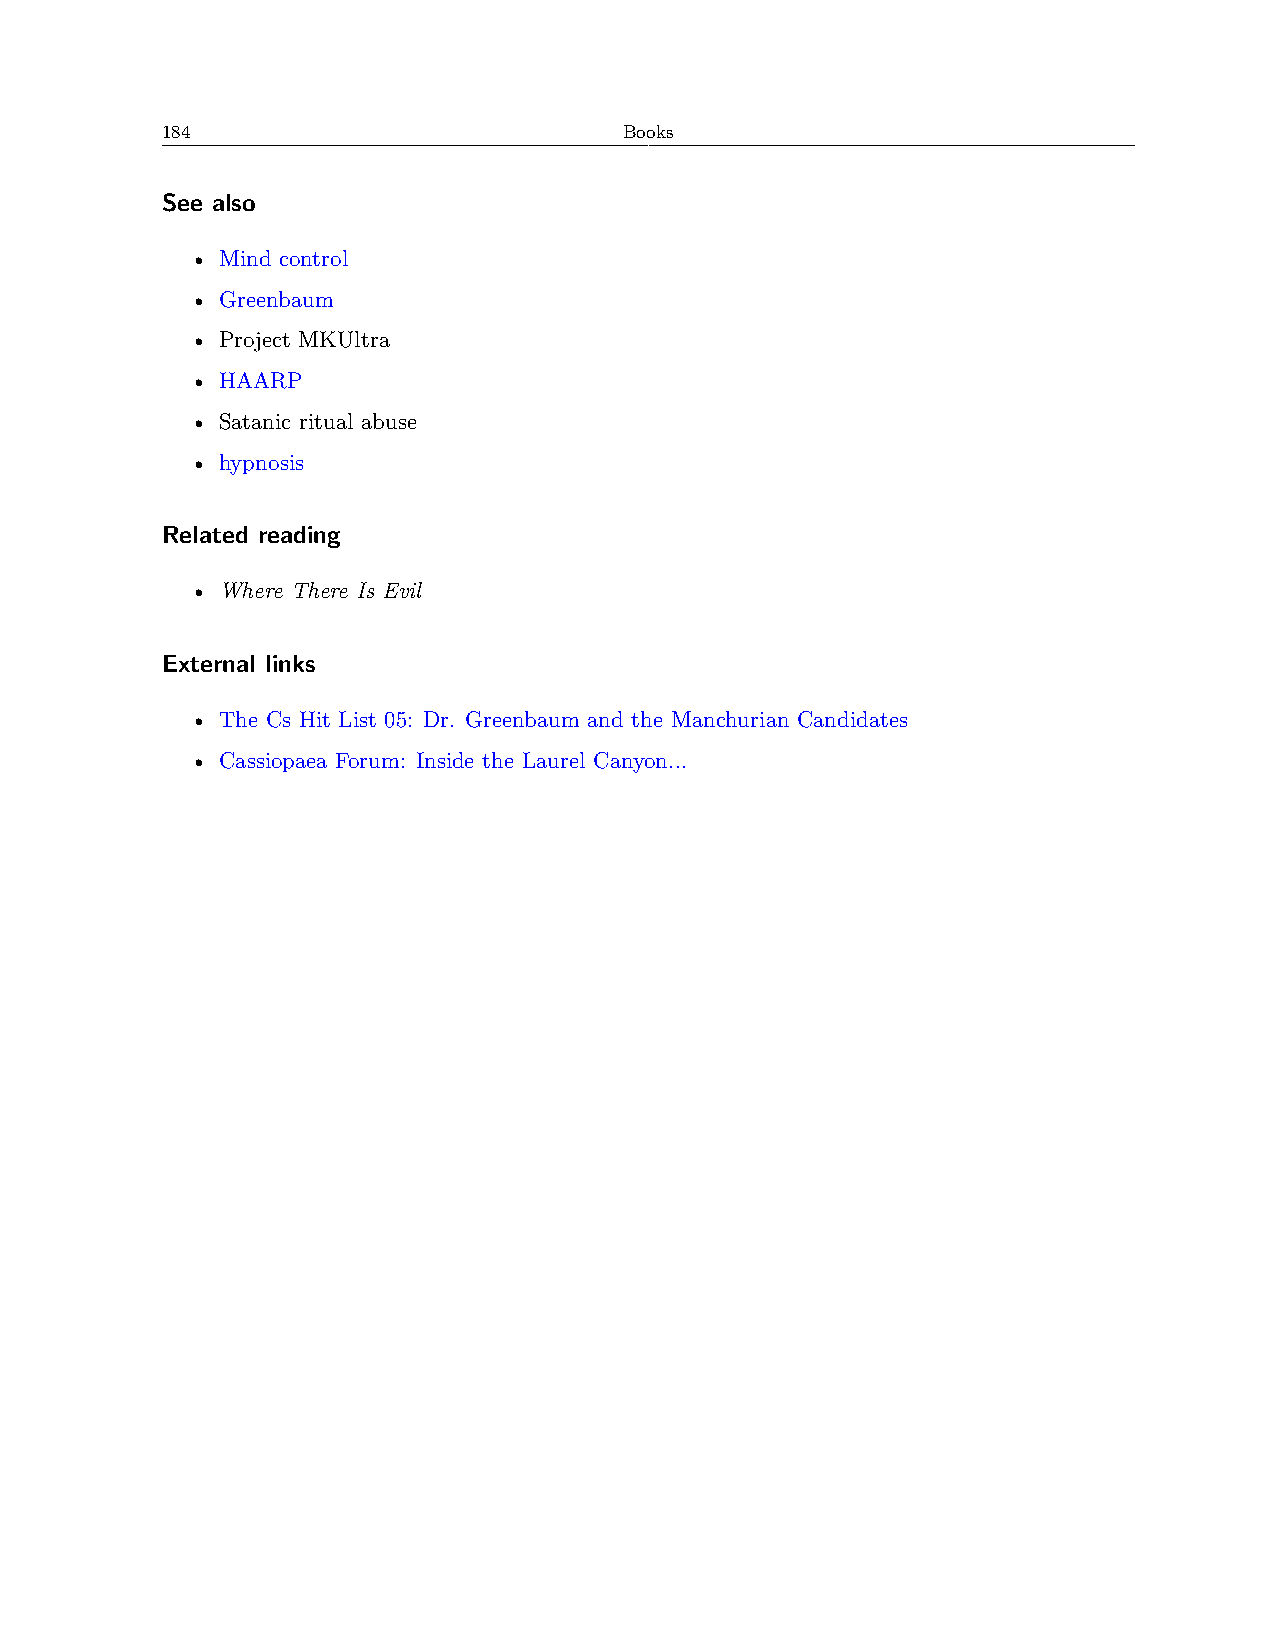
184                           Books
 See also
 • Mind control
 • Greenbaum
 • Project MKUltra
 • HAARP
 • Satanic ritual abuse
 • hypnosis
 Related reading
 • Where There Is Evil
 External links
 • The Cs Hit List 05: Dr. Greenbaum and the Manchurian Candidates
 • Cassiopaea Forum: Inside the Laurel Canyon...